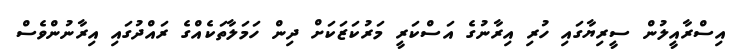
އިސްރާއީލުން ސީރިޔާގައި ހުރި އިރާނުގެ އަސްކަރީ މަރުކަޒަކަށް ދިން ހަމަލާތަކެއްގެ ރައްދުގައި އިރާނުންވެސް